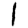
Digit: 1